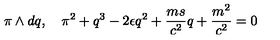
\pi \wedge d q , \quad \pi ^ { 2 } + q ^ { 3 } - 2 \epsilon q ^ { 2 } + \frac { m s } { c ^ { 2 } } q + \frac { m ^ { 2 } } { c ^ { 2 } } = 0